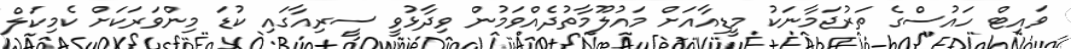
ވައިޓް ހައުސްގެ ތަރުޖަމާނަކު މީޑިއާއަށް މައުލޫމާތުދެއްވަމުން ވިދާޅުވީ ސީރިއާގައި ކުޑަ މިންވަރަކަށް ކެމިކަލް